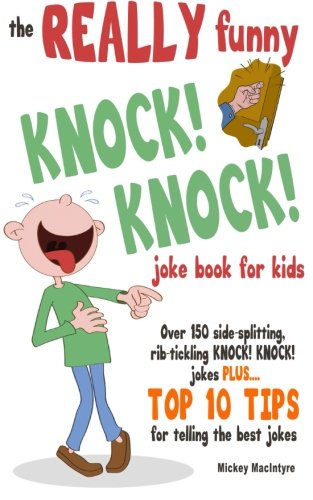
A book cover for The REALLY Funny KNOCK! KNOCK! Joke Book For Kids: Over 150 Side-splitting, Rib-tickling KNOCK! KNOCK! Jokes. Plus Top 10 Tips For Telling The Best Jokes; Mickey MacIntyre; Children's Books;